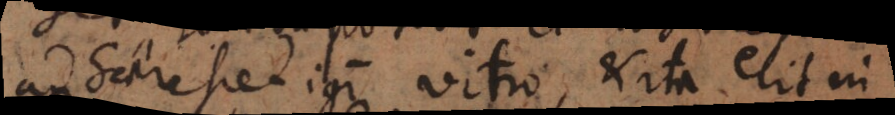
adhaerescet igitur vitro, et ita erit in